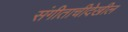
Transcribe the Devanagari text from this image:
संगीताचीदेखील